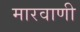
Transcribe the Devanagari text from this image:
मारवाणी